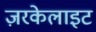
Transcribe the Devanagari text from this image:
ज़रकेलाइट